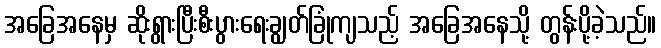
အခြေအနေမှ ဆိုးရွားပြီးစီးပွားရေးချွတ်ခြုံကျသည့် အခြေအနေသို့ တွန်းပို့ခဲ့သည်။